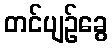
တင်ပျဉ်ခွေ